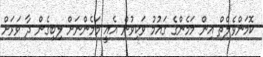
ކޮމަންވެލްތް އިން މަމެންގެ ގައުމު ވަކިވުން އެއީ މަމެންނަށް ލިބިގެން ދާ ވަރަށް